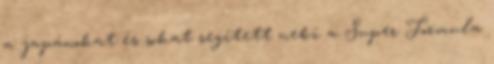
a japánokat és sokat segített neki a Super Formula